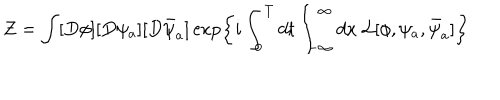
Z = \int [ D \phi ] [ D \psi _ { a } ] [ D \bar { \psi } _ { a } ] \exp \left\{ i \int _ { 0 } ^ { T } d t \int _ { - \infty } ^ { \infty } d x \ { \cal L } [ \phi , \psi _ { a } , \bar { \psi } _ { a } ] \right\}